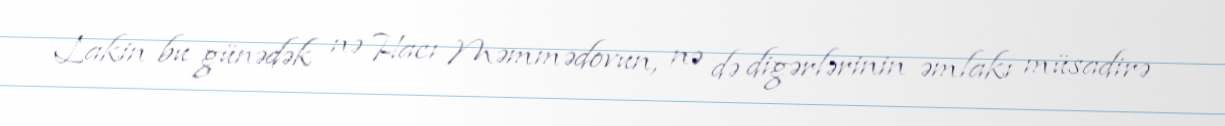
Lakin bu günədək nə Hacı Məmmədovun, nə də digərlərinin əmlakı müsadirə